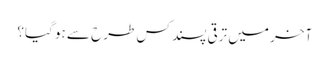
آخر میں ترقی پسند کس طرح سے ہو گیا؟